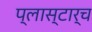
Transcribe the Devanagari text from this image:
प्लास्टार्च